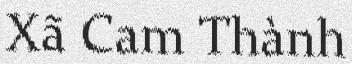
Xã Cam Thành